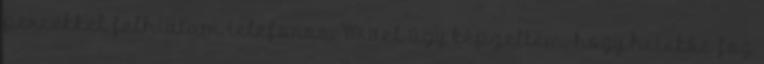
percekkel felhívtam telefonon. Mivel úgy képzeltem, hogy hetekbe fog